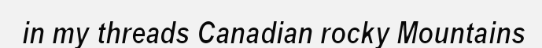
in my threads Canadian rocky Mountains